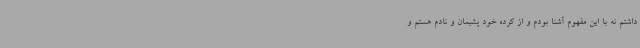
داشتم نه با این مفهوم آشنا بودم و از کرده خود پشیمان و نادم هستم و